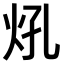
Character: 𤆺